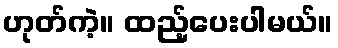
ဟုတ်ကဲ့။ ထည့်ပေးပါမယ်။